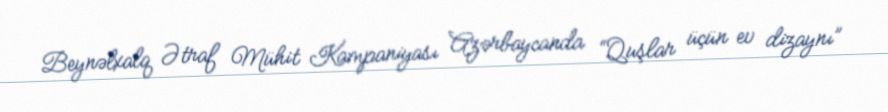
Beynəlxalq Ətraf Mühit Kampaniyası Azərbaycanda “Quşlar üçün ev dizaynı”